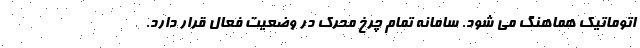
اتوماتیک هماهنگ می شود. سامانه تمام چرخ محرک در وضعیت فعال قرار دارد.